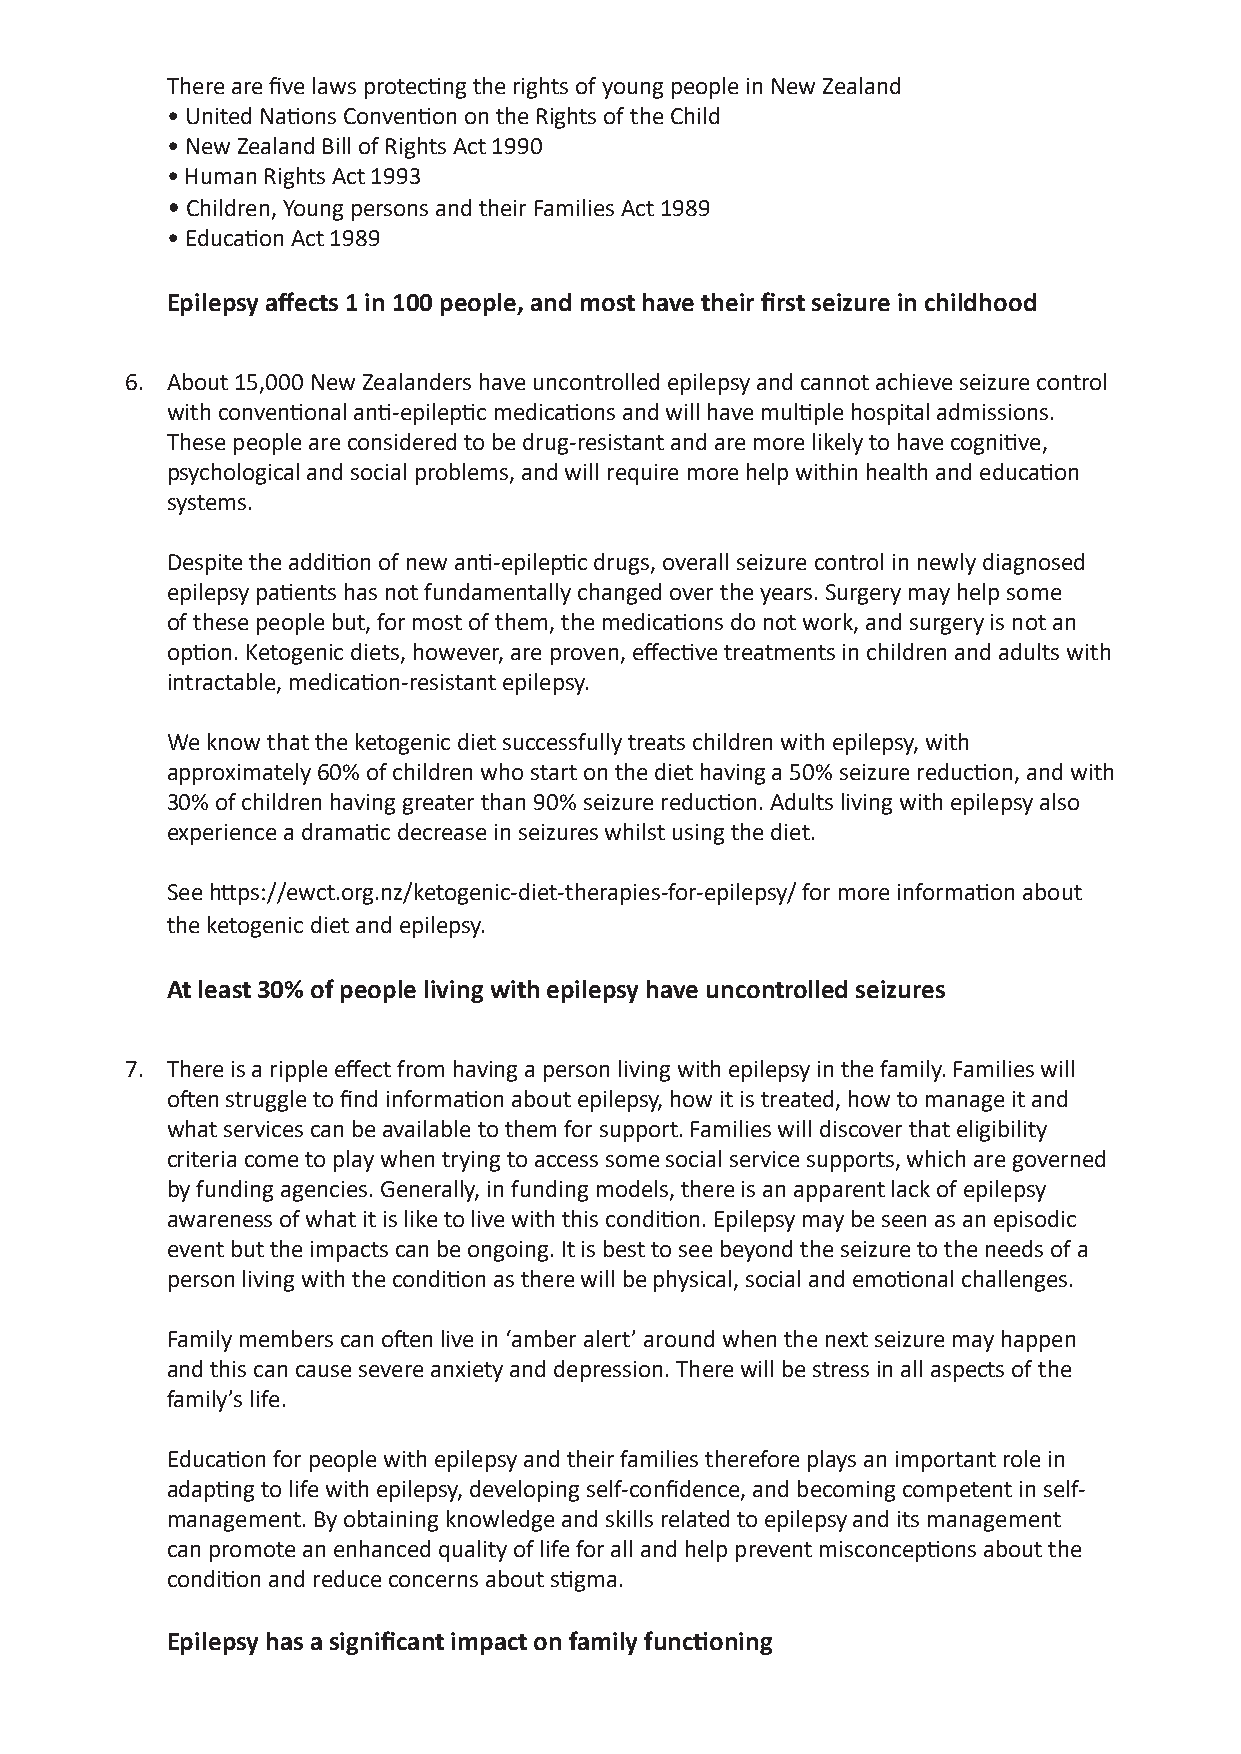
There are five laws protecting the rights of young people in New Zealand
 • United Nations Convention on the Rights of the Child
 • New Zealand Bill of Rights Act 1990
 • Human Rights Act 1993
 • Children, Young persons and their Families Act 1989
 • Education Act 1989
 Epilepsy affects 1 in 100 people, and most have their first seizure in childhood
 6. About 15,000 New Zealanders have uncontrolled epilepsy and cannot achieve seizure control
 with conventional anti-epileptic medications and will have multiple hospital admissions.
 These people are considered to be drug-resistant and are more likely to have cognitive,
 psychological and social problems, and will require more help within health and education
 systems.
 Despite the addition of new anti-epileptic drugs, overall seizure control in newly diagnosed
 epilepsy patients has not fundamentally changed over the years. Surgery may help some
 of these people but, for most of them, the medications do not work, and surgery is not an
 option. Ketogenic diets, however, are proven, effective treatments in children and adults with
 intractable, medication-resistant epilepsy.
 We know that the ketogenic diet successfully treats children with epilepsy, with
 approximately 60% of children who start on the diet having a 50% seizure reduction, and with
 30% of children having greater than 90% seizure reduction. Adults living with epilepsy also
 experience a dramatic decrease in seizures whilst using the diet.
 See https://ewct.org.nz/ketogenic-diet-therapies-for-epilepsy/ for more information about
 the ketogenic diet and epilepsy.
 At least 30% of people living with epilepsy have uncontrolled seizures
 7. There is a ripple effect from having a person living with epilepsy in the family. Families will
 often struggle to find information about epilepsy, how it is treated, how to manage it and
 what services can be available to them for support. Families will discover that eligibility
 criteria come to play when trying to access some social service supports, which are governed
 by funding agencies. Generally, in funding models, there is an apparent lack of epilepsy
 awareness of what it is like to live with this condition. Epilepsy may be seen as an episodic
 event but the impacts can be ongoing. It is best to see beyond the seizure to the needs of a
 person living with the condition as there will be physical, social and emotional challenges.
 Family members can often live in ‘amber alert’ around when the next seizure may happen
 and this can cause severe anxiety and depression. There will be stress in all aspects of the
 family’s life.
 Education for people with epilepsy and their families therefore plays an important role in
 adapting to life with epilepsy, developing self-confidence, and becoming competent in self-
 management. By obtaining knowledge and skills related to epilepsy and its management
 can promote an enhanced quality of life for all and help prevent misconceptions about the
 condition and reduce concerns about stigma.
 Epilepsy has a significant impact on family functioning